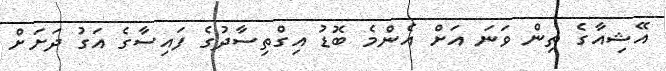
އޭޝިއާގެ ތިން ވަނަ އަށް އެންމެ ބޮޑު އިގްތިސާދުގެ ފައިސާގެ އަގު ދަށަށް